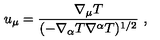
u _ { \mu } = \frac { \nabla _ { \mu } T } { ( - \nabla _ { \alpha } T \nabla ^ { \alpha } T ) ^ { 1 / 2 } } \ ,